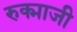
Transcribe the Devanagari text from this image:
रुक्माजी